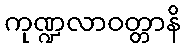
ကုဏ္ဍလာဝတ္တာနိ